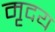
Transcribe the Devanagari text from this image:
मृदय